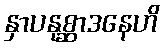
နှာပနုစ္ဆာဒနေဟိ